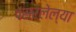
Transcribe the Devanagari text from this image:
पसरलेल्‍या